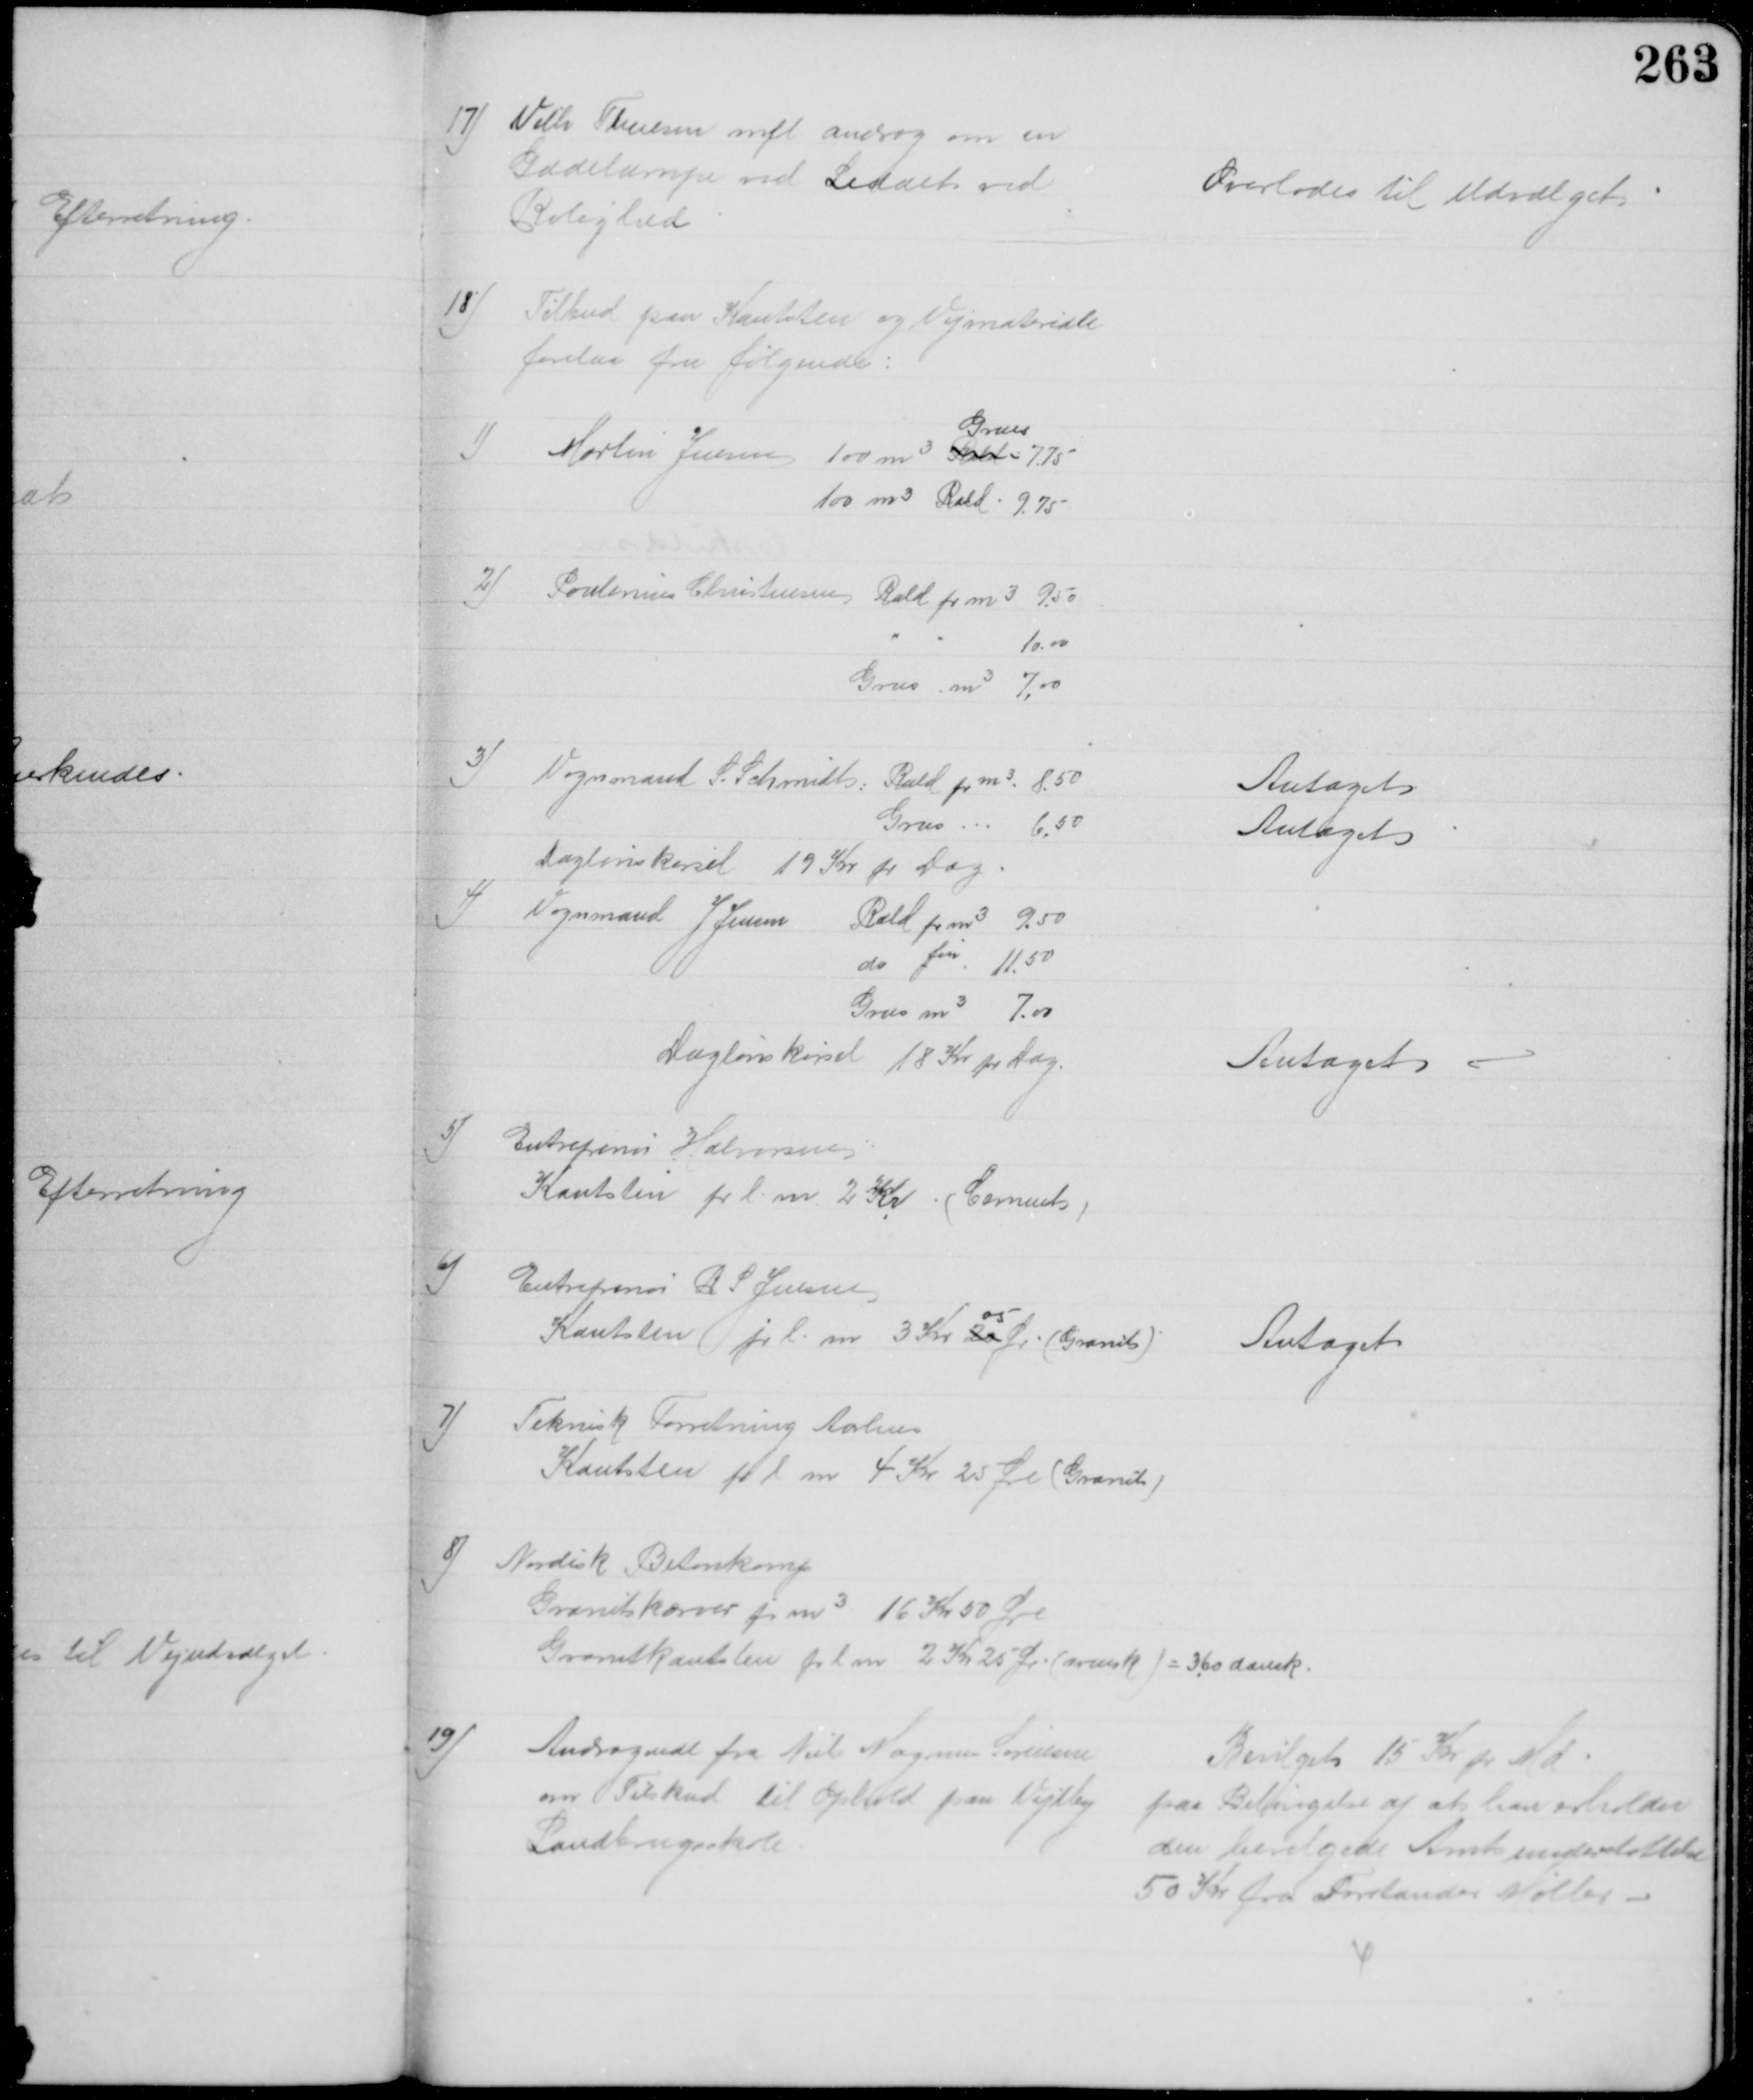
Transskription:
17) Vilh. Thuesen mfl. androg om en
Gadelampe ved Leddet ved 
Rolighed
Overlodes til Udvalget
18)
Tilbud paa Kantsten og Vejmateriale
forelaa fra følgende:
1)
Martin Jensen 100 m3 Rald
Grues
7.75
100 m3 Rald: 9.75
2) 
Poulenius Christensen, Rald for m3 9.50
10.00
Grus m3 7,00
3) 
Vognmand S. Schmidt: Rald pr m3 8.50
Antaget
Grus
6.50
Antaget
Daglønskørsel 19 Kr pr Dag
4)
Vognmand J Jensen
Rald pr m3 9.50
do fin 11.50
Grus m3 7.00
Daglønskørsel 18 Kr pr Dag.
Antaget
5)
Entreprenør Halvorsen
Kantsten pr l. m. 2 Kr. (Cement)
6)
Entreprenør R S Jensen
Kantsten pr l. m 3 Kr 20
05
Ør. (Granit)
Antaget
7)
Teknisk Forretning Aarhus
Kantsten pr l m 4 Kr 25 Øre (Granit)
8)
Nordisk Betonkomp
Granitskærver pr m3 16 Kr 50 Øre
Granitkantsten pr l m 2 Kr 25 Øre (svensk) = 3,60 dansk.
19)
Andragende fra Niels Magnus Sørensen
om Tilskud til Ophold paa Vejlby
Landbrugsskole
Bevilget 15 Kr pr Md
paa Betingelse af at han erholder
den bevilgede Amtsunderstøttelse
50 Kr fra Forstander Møller